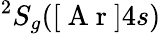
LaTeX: ^2S_{g}([\mathrm{~A~r~}]4s)